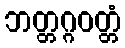
ဘတ္တဂ္ဂဝတ္တံ